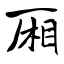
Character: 厢